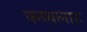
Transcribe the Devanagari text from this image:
कब्बलाह